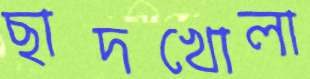
ছাদখোলা